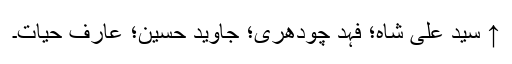
↑ سید علی شاہ؛ فہد چودھری؛ جاوید حسین؛ عارف حیات۔